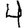
Digit: 4